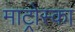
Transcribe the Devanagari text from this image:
माट्रोस्का